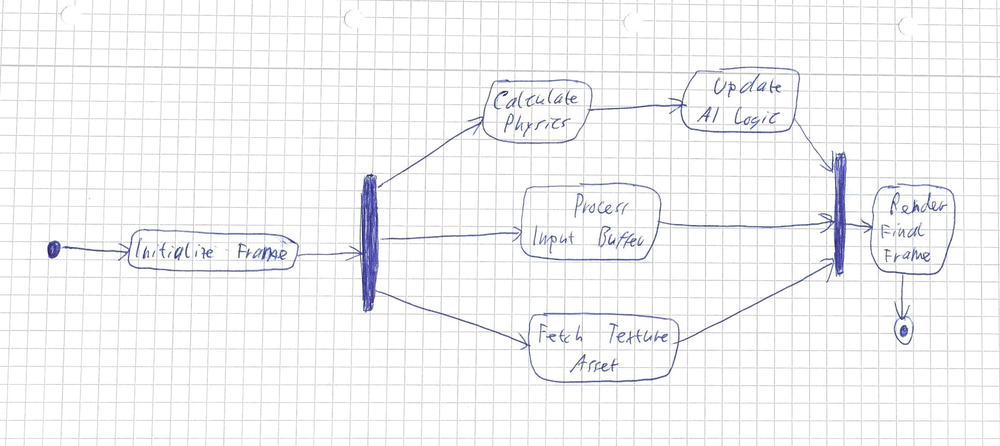
Diagram type: activity_diagram
```plantuml
@startuml

start
:Initialize Frame;
fork
  :Calculate Physics;
  :Update AI Logic;
fork again
  :Process Input Buffer;
fork again
  :Fetch Texture Assets;
end fork
:Render Final Frame;
stop

@enduml
```